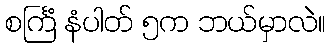
စင်္ကြံ နံပါတ် ၅က ဘယ်မှာလဲ။